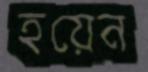
হয়েন